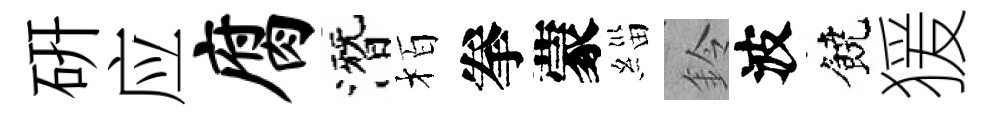
硏应腐潛栢拳蒙緇鈴波饒猨